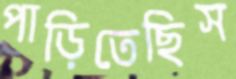
পাড়িতেছিস